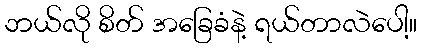
ဘယ်လို စိတ် အခြေခံနဲ့ ရယ်တာလဲပေါ့။